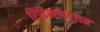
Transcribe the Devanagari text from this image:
रिडिस्ट्रीब्यूशन